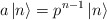
\begin{align*}a\left| n\right\rangle =p^{n-1}\left| n\right\rangle\end{align*}